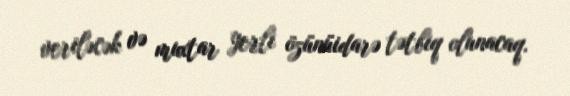
veriləcək və muxtar yerli özünüidarə tətbiq olunacaq.